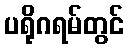
ပရိုဂရမ်တွင်